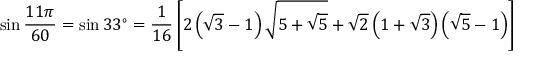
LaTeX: \sin { \frac { 1 1 \pi } { 6 0 } } = \sin 3 3 ^ { \circ } = { \frac { 1 } { 1 6 } } \left[ 2 \left( { \sqrt { 3 } } - 1 \right) { \sqrt { 5 + { \sqrt { 5 } } } } + { \sqrt { 2 } } \left( 1 + { \sqrt { 3 } } \right) \left( { \sqrt { 5 } } - 1 \right) \right]